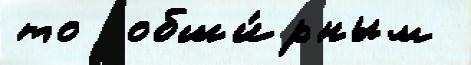
то  обши́рным